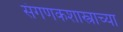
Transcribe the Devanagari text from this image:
संगणकशास्त्राच्या